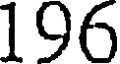
196